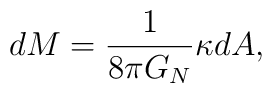
dM = {1\over{8\pi G_N}}\kappa dA,